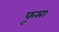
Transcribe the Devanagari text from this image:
फूसा